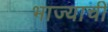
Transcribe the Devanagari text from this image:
भाज्याची